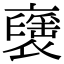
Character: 𧝾